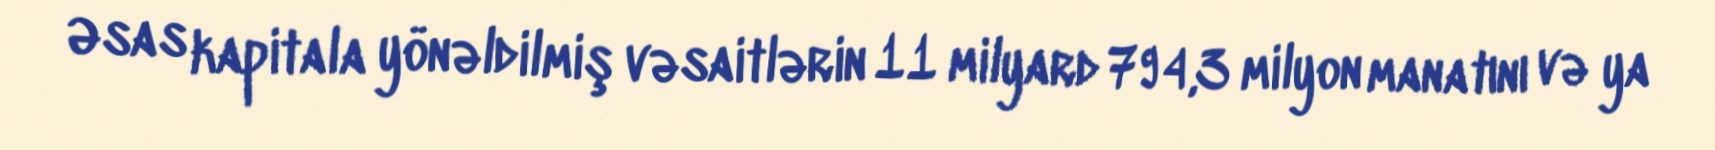
Əsas kapitala yönəldilmiş vəsaitlərin 11 milyard 794,3 milyon manatını və ya